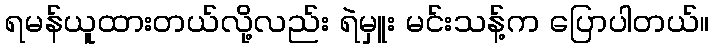
ရမန်ယူထားတယ်လို့လည်း ရဲမှူး မင်းသန့်က ပြောပါတယ်။